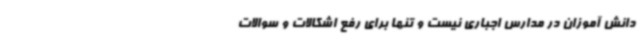
دانش آموزان در مدارس اجباری نیست و تنها برای رفع اشکالات و سوالات